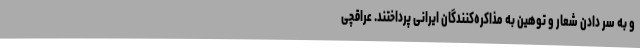
و به سر دادن شعار و توهین به مذاکره‌کنندگان ایرانی پرداختند. عراقچی